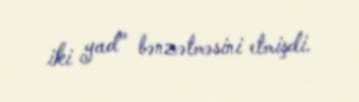
iki yad" bənzətməsini etmişdi.